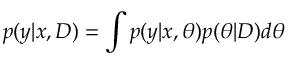
p ( \boldsymbol { y } | \boldsymbol { x } , D ) = \int p ( \boldsymbol { y } | \boldsymbol { x } , \boldsymbol { \theta } ) p ( \boldsymbol { \theta } | D ) d \theta